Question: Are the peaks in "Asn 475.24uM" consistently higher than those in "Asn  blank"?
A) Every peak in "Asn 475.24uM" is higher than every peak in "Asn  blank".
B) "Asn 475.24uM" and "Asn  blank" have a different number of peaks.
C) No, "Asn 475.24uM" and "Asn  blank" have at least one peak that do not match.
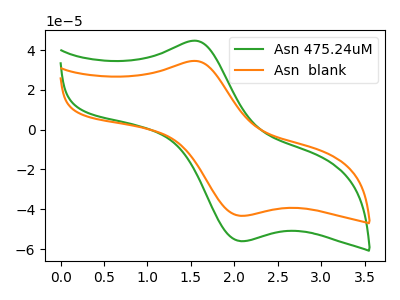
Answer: <think>The green curve "Asn 475.24uM" has an anodic peak at (1.55V, 44.65uA) and a cathodic peak at (2.05V, -56.00uA). The orange curve "Asn  blank" has an anodic peak at (1.55V, 34.50uA) and a cathodic peak at (2.05V, -43.25uA).</think>
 <answer>A) Every peak in "Asn 475.24uM" is higher than every peak in "Asn  blank".</answer>
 <eval>A</eval>